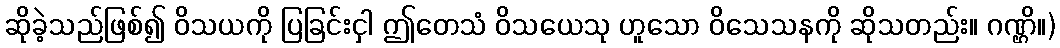
ဆိုခဲ့သည်ဖြစ်၍ ဝိသယကို ပြခြင်းငှါ ဤတေသံ ဝိသယေသု ဟူသော ဝိသေသနကို ဆိုသတည်း။ ဂဏ္ဌိ။)